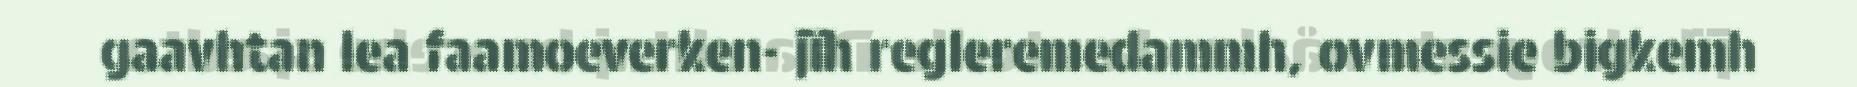
gaavhtan lea faamoeverken- jïh regleremedammh, ovmessie bigkemh